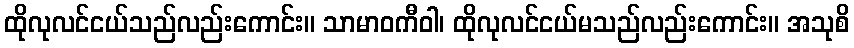
ထိုလုလင်ငယ်သည်လည်းကောင်း။ သာမာဝကီဝါ၊ ထိုလုလင်ငယ်မသည်လည်းကောင်း။ အသုစိ